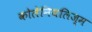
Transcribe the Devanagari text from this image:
कोलेनियलिज्म